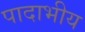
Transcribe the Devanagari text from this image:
पादाभीय